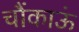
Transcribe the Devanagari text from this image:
चौंकाऊं